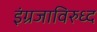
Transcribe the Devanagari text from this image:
इंग्रजाविरुध्द